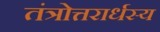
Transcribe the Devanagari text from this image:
तंत्रोत्तरार्धस्य